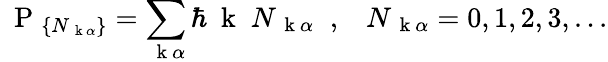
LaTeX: \mathrm{~\mathbf~P~}_{\{ N_{\mathrm{~\mathbf~k~}\alpha}\} }=\sum_{\mathrm{~\mathbf~k~}\alpha}\hbar\mathrm{~\mathbf~k~}\; N_{\mathrm{~\mathbf~k~}\alpha}\; \; ,\; \; \; N_{\mathrm{~\mathbf~k~}\alpha}=0,1,2,3,...